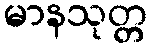
မာနသုတ္တ